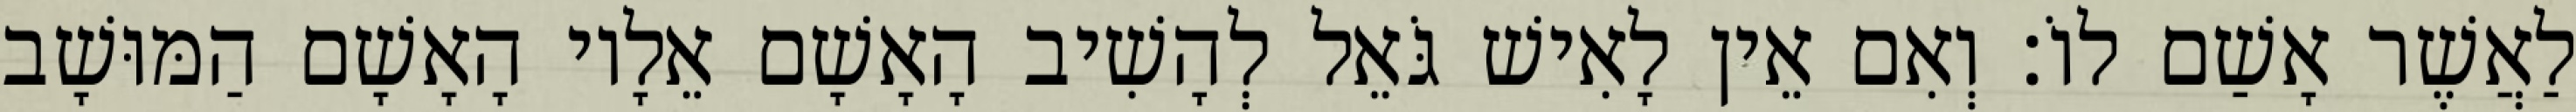
לַאֲשֶׁר אָשַׁם לוֹ׃ וְאִם אֵין לָאִישׁ גֹּאֵל לְהָשִׁיב הָאָשָׁם אֵלָיו הָאָשָׁם הַמּוּשָׁב